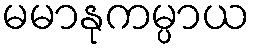
မမာနုကမ္ပာယ